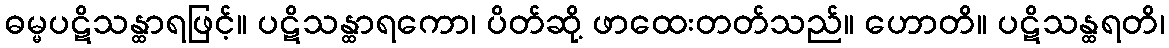
ဓမ္မပဋိသန္ထာရဖြင့်။ ပဋိသန္ထာရကော၊ ပိတ်ဆို့ ဖာထေးတတ်သည်။ ဟောတိ။ ပဋိသန္ထရတိ၊